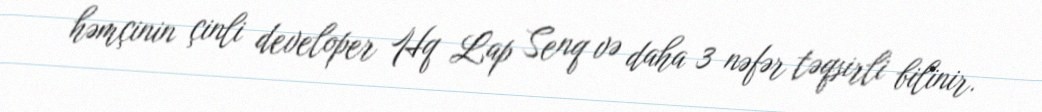
həmçinin çinli developer Hq Lap Senq və daha 3 nəfər təqsirli bilinir.